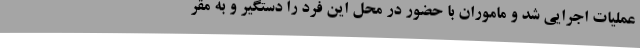
عملیات اجرایی شد و ماموران با حضور در محل این فرد را دستگیر و به مقر